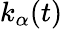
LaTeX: k_{\alpha}(t)